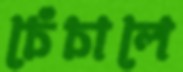
চেঁচালে